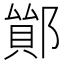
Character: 𨝤